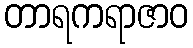
တာရကရာဇာဝ